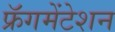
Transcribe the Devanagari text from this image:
फ्रॅगमेंटेशन